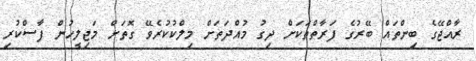
ރާއްޖޭގެ ބިންތައް ބޭރުގެ ފަރާތްތަކަށް ދިގު މުއްދަތަށް މިލްކުކުރެވޭ ގޮތަށް މަޖިލީހުން ފާސްކުރި